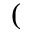
(